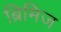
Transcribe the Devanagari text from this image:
ब्रिमिज